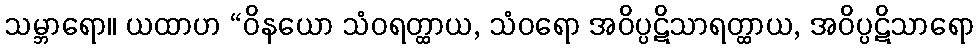
သမ္ဘာရော။ ယထာဟ “ဝိနယော သံဝရတ္ထာယ, သံဝရော အဝိပ္ပဋိသာရတ္ထာယ, အဝိပ္ပဋိသာရော